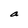
Character: a